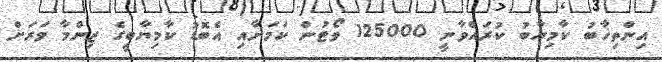
އިންތިޚާބު ކާމިޔާބު ކުރައްވާނީ 125000 ވޯޓުން ކަމަށާއި އެބޮޑު ކާމިޔާބީގެ ޒިންމާ ވަރަށް